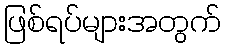
ဖြစ်ရပ်များအတွက်